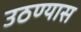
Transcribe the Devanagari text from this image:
उठण्यास